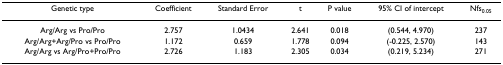
| Genetic type | Coefficient | Standard Error | t | P value | 95% CI of intercept | Nfs0.05 |
 | --- | --- | --- | --- | --- | --- | --- |
 | Arg/Arg vs Pro/Pro | 2.757 | 1.0434 | 2.641 | 0.018 | (0.544, 4.970) | 237 |
 | Arg/Arg+Arg/Pro vs Pro/Pro | 1.172 | 0.659 | 1.778 | 0.094 | (-0.225, 2.570) | 143 |
 | Arg/Arg vs Arg/Pro+Pro/Pro | 2.726 | 1.183 | 2.305 | 0.034 | (0.219, 5.234) | 271 |